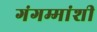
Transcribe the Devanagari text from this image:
गंगम्मांशी